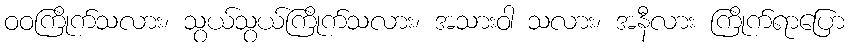
ဝဝကြိုက်သလား၊ သွယ်သွယ်ကြိုက်သလား၊ အသားဝါ သလား၊ အနီလား ကြိုက်ရာပြော